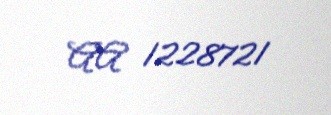
AA 1228721